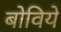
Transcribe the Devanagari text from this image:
बोविये